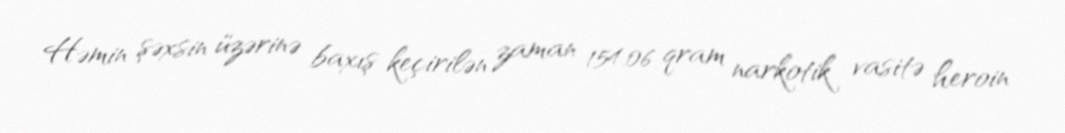
Həmin şəxsin üzərinə baxış keçirilən zaman 154.06 qram narkotik vasitə heroin